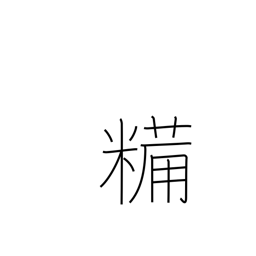
Meaning: dried boiled rice